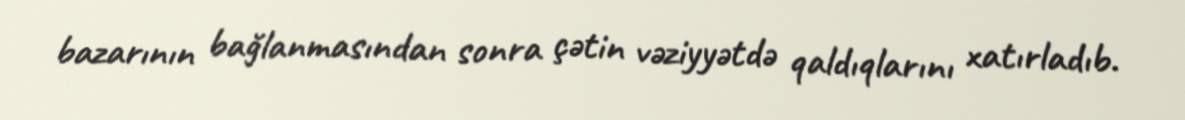
bazarının bağlanmasından sonra çətin vəziyyətdə qaldıqlarını xatırladıb.